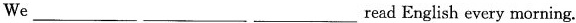
We ___ ___ ___ read English every morning.